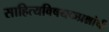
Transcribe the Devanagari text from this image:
साहित्यविषयकप्रश्नांची